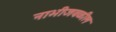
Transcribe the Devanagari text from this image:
नाभीजवळील